Civil Veterinary Department ledger series I-VI
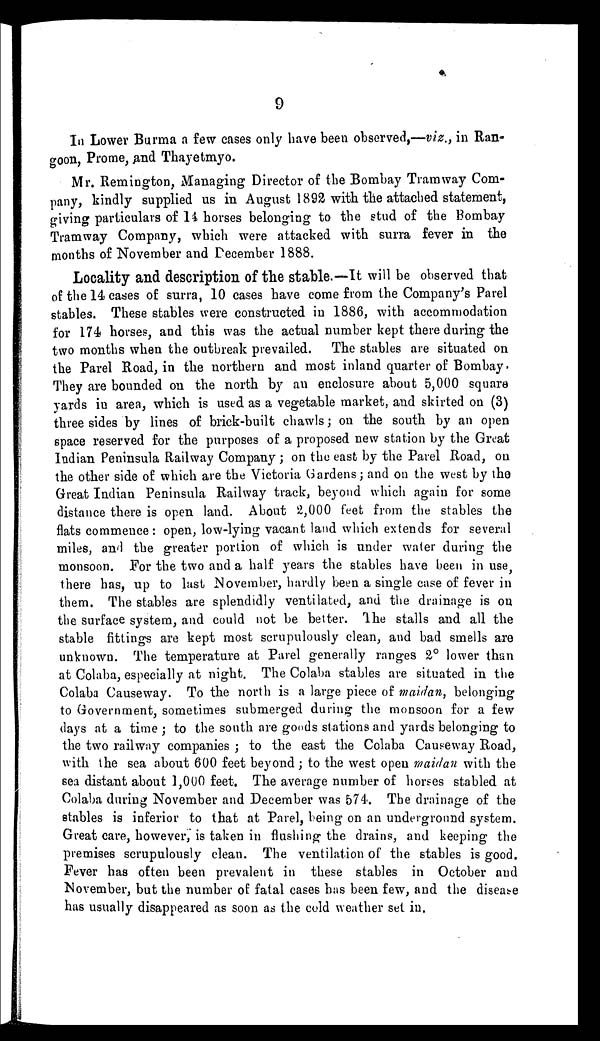
9
In Lower Burma a few cases only have been observed,—viz., in Ran-
goon, Prome, and Thayetmyo.
Mr. Remington, Managing Director of the Bombay Tramway Com-
pany, kindly supplied us in August 1892 with the attached statement,
giving particulars of 14 horses belonging to the stud of the Bombay
Tramway Company, which were attacked with surra fever in the
months of November and December 1888.
Locality and description of the stable.—It will be observed that
of the 14 cases of surra, 10 cases have come from the Company's Parel
stables. These stables were constructed in 1886, with accommodation
for 174 horses, and this was the actual number kept there during the
two months when the outbreak prevailed. The stables are situated on
the Parel Road, in the northern and most inland quarter of Bombay
They are bounded on the north by an enclosure about 5,000 square
yards in area, which is used as a vegetable market, and skirted on (3)
three sides by lines of brick-built chawls; on the south by an open
space reserved for the purposes of a proposed new station by the Great
Indian Peninsula Railway Company; on the east by the Parel Road, on
the other side of which are the Victoria Gardens; and on the west by the
Great Indian Peninsula Railway track, beyond which again for some
distance there is open land. About 2,000 feet from the stables the
flats commence: open, low-lying vacant land which extends for several
miles, and the greater portion of which is under water during the
monsoon. For the two and a half years the stables have been in use,
there has, up to last November, hardly been a single case of fever in
them. The stables are splendidly ventilated, and the drainage is on
the surface system, and could not be better. The stalls and all the
stable fittings are kept most scrupulously clean, and bad smells are
unknown. The temperature at Parel generally ranges 2º lower than
at Colaba, especially at night. The Colaba stables are situated in the
Colaba Causeway. To the north is a large piece of maidan, belonging
to Government, sometimes submerged during the monsoon for a few
days at a time; to the south are goods stations and yards belonging to
the two railway companies; to the east the Colaba Causeway Road,
with the sea about 600 feet beyond; to the west open maidan with the
sea distant about 1,000 feet. The average number of horses stabled at
Colaba during November and December was 574. The drainage of the
stables is inferior to that at Parel, being on an underground system.
Great care, however, is taken in flushing the drains, and keeping the
premises scrupulously clean. The ventilation of the stables is good.
Fever has often been prevalent in these stables in October and
November, but the number of fatal cases has been few, and the disease
has usually disappeared as soon as the cold weather set in.